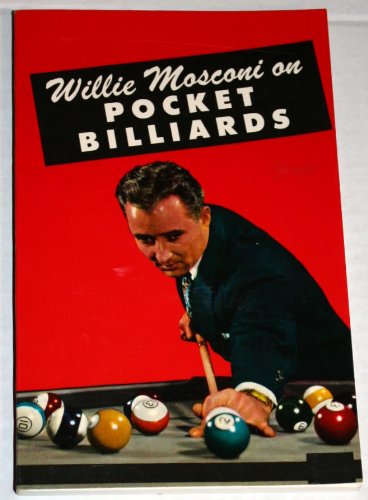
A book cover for Willie Mosconi on Pocket Billiards; Willie Mosconi; Sports & Outdoors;